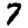
Digit: 7